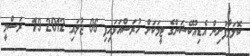
ކޮލަމާފުށިން އެޑިއުކޭޝަންގެ ޓީމަކަށް ހުރަސްއަޅައިފި 06 ޖުލައި 2012 19  ރަސްމީ